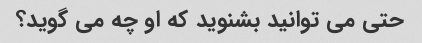
حتی می توانید بشنوید که او چه می گوید؟